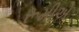
રૂમીએ